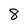
Character: 8